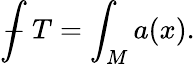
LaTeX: {\int\! \! \! \! \! \! -}\ T=\int_{M}a(x).